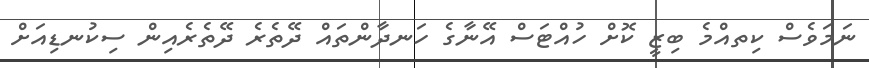
ނަމަވެސް ކިތއްމެ ބިޒީ ކޮށް ހުއްޓަސް އޭނާގެ ހަނދާންތަައް ދޭތެރެ ދޭތެރެއިން ސިކުނޑިއަށް